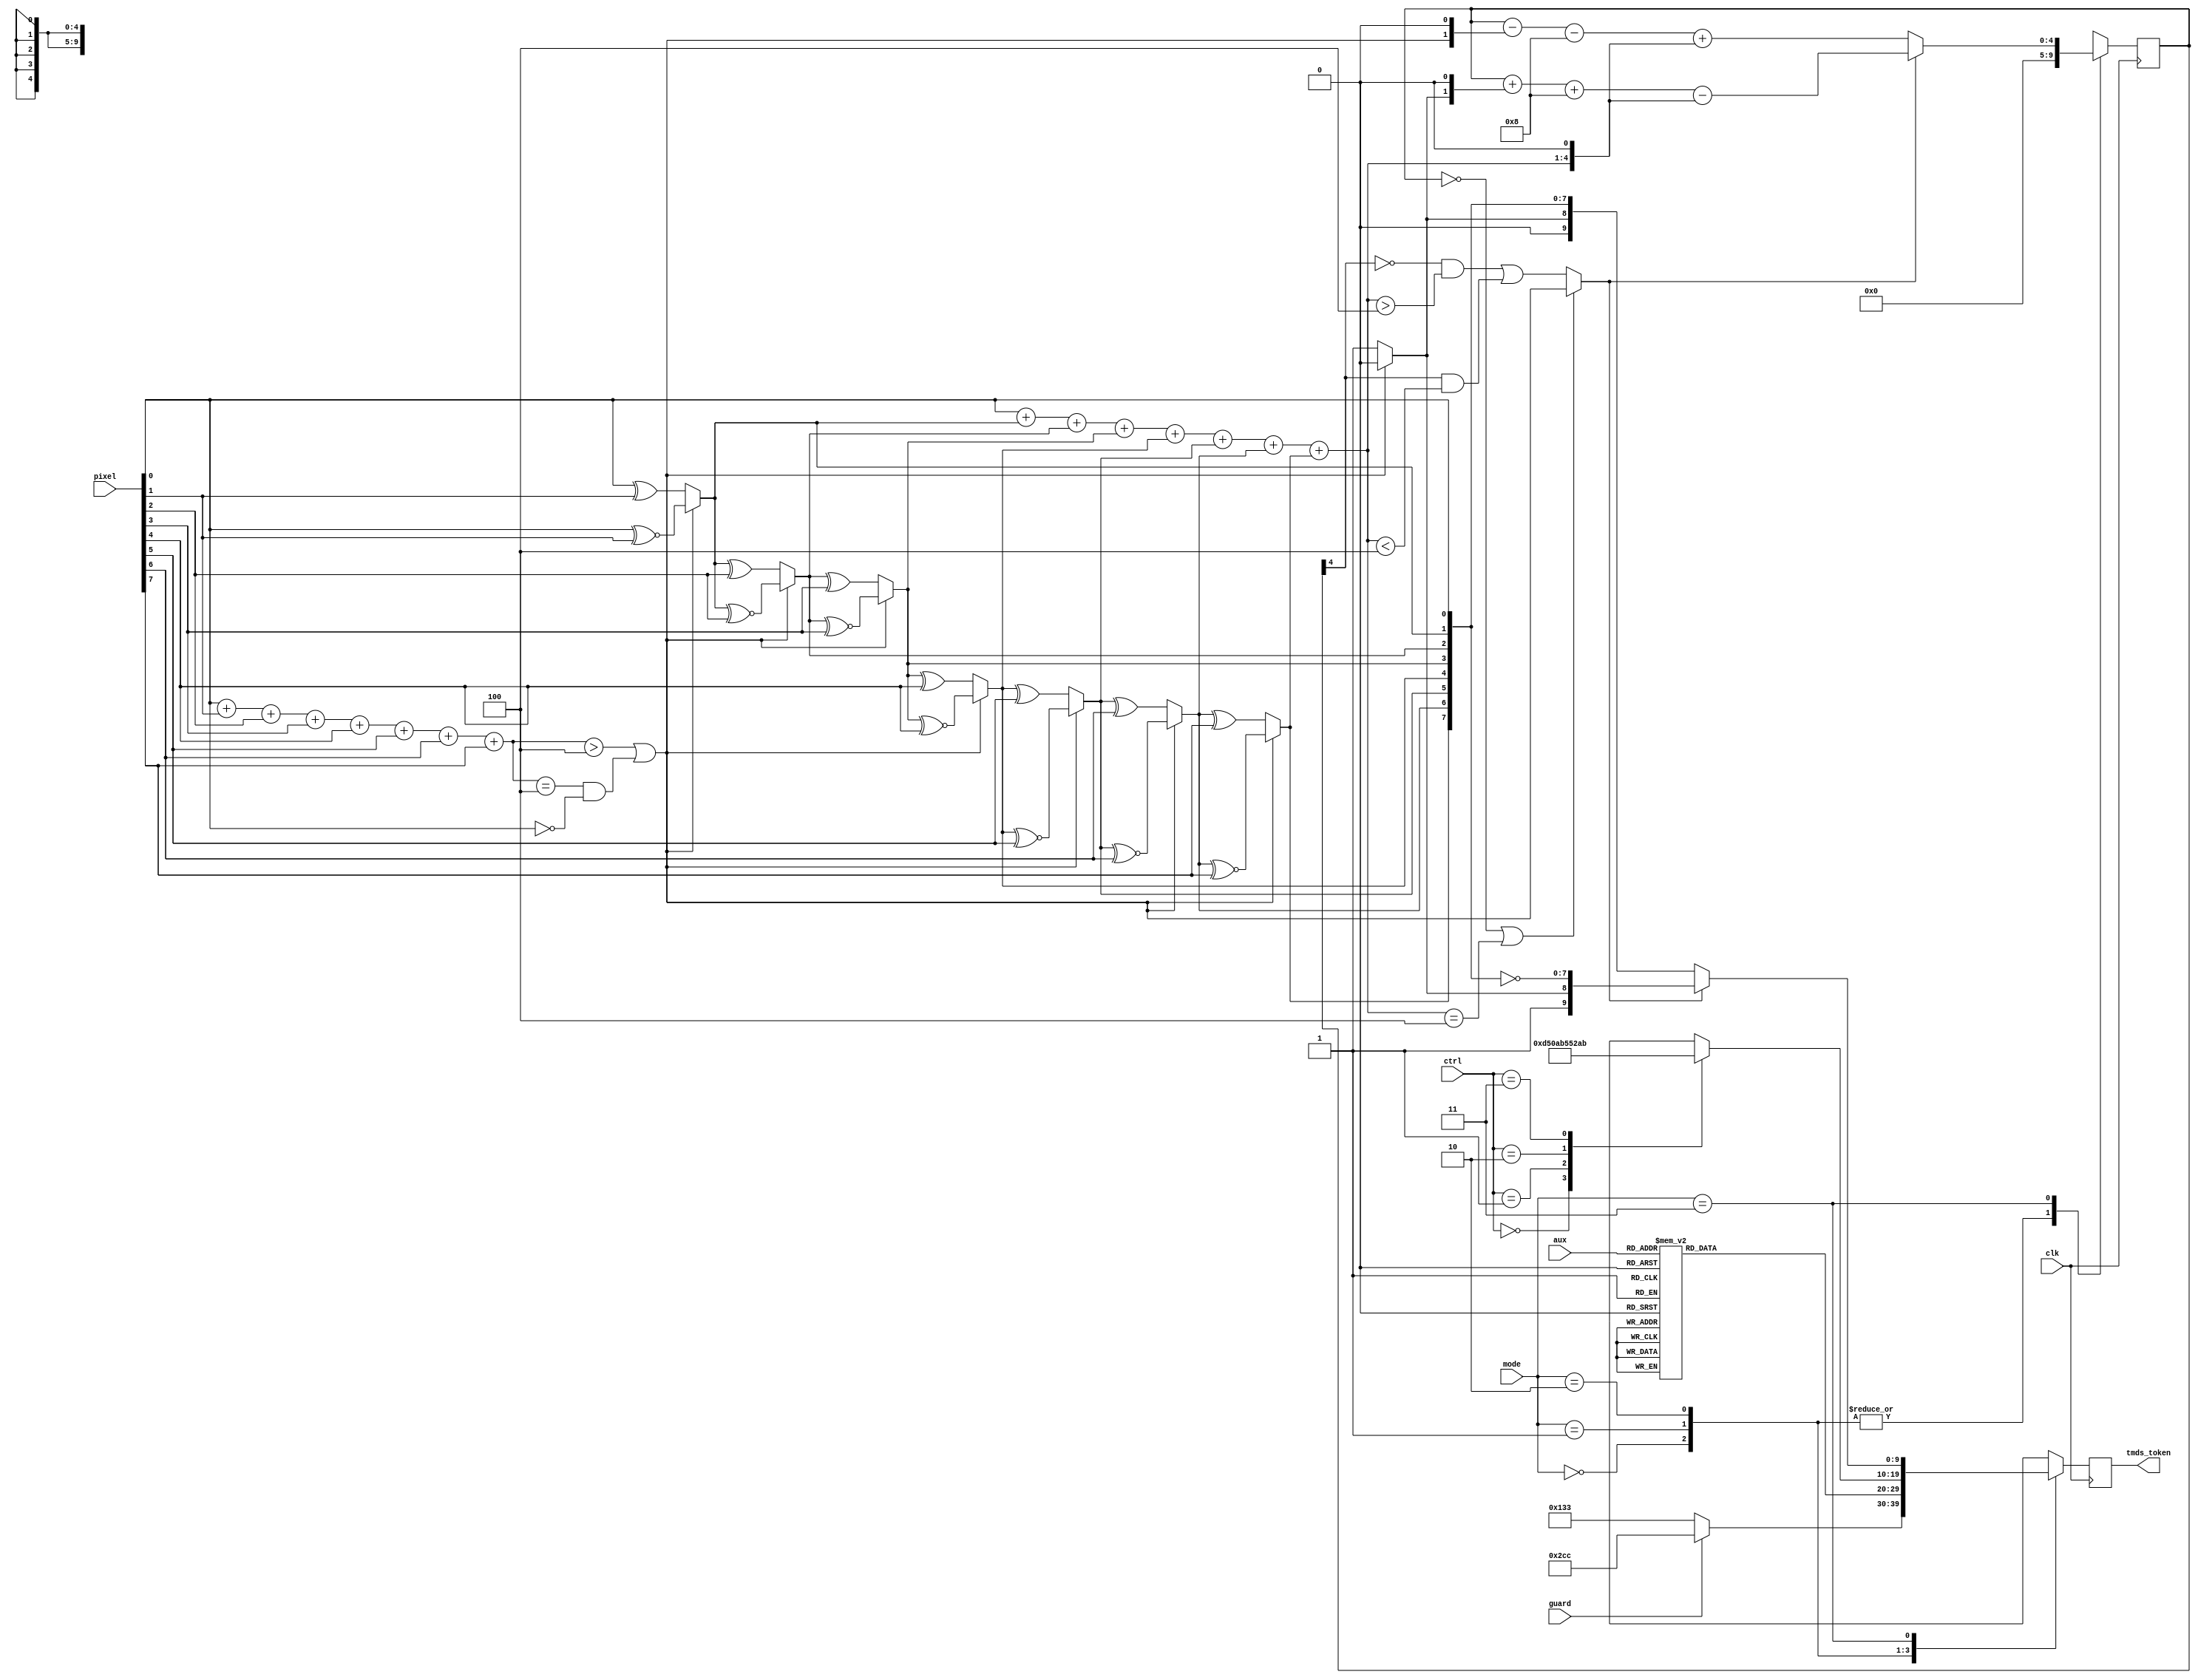
/*
Copyright (c) 2014 Antti Siponen

Permission is hereby granted, free of charge, to any person obtaining a copy
of this software and associated documentation files (the "Software"), to deal
in the Software without restriction, including without limitation the rights
to use, copy, modify, merge, publish, distribute, sublicense, and/or sell
copies of the Software, and to permit persons to whom the Software is
furnished to do so, subject to the following conditions:

The above copyright notice and this permission notice shall be included in
all copies or substantial portions of the Software.

THE SOFTWARE IS PROVIDED "AS IS", WITHOUT WARRANTY OF ANY KIND, EXPRESS OR
IMPLIED, INCLUDING BUT NOT LIMITED TO THE WARRANTIES OF MERCHANTABILITY,
FITNESS FOR A PARTICULAR PURPOSE AND NONINFRINGEMENT. IN NO EVENT SHALL THE
AUTHORS OR COPYRIGHT HOLDERS BE LIABLE FOR ANY CLAIM, DAMAGES OR OTHER
LIABILITY, WHETHER IN AN ACTION OF CONTRACT, TORT OR OTHERWISE, ARISING FROM,
OUT OF OR IN CONNECTION WITH THE SOFTWARE OR THE USE OR OTHER DEALINGS IN
THE SOFTWARE.
*/


//Encoder to calculate TMDS tokens for colour and
//control data. The parameter TWO_STEPS may be set to
//"TRUE" to split the calculation over to two cycles.
module tmds_encoder 
#(parameter TWO_STEPS = "FALSE")   //In case this module does not run fast enough to do everything in one cycle, use this to make it in two.

 (input        clk,
  input  [7:0] pixel,   //Pixel data
  input  [3:0] aux,     //Auxilary data
  input  [1:0] ctrl,    //Control lines
  input        guard,   //Guard band polarity
  input  [1:0] mode,    //Operating mode: 11-Video period, 10-Control period, 01-Aux period, 00-Guard band
  output reg [9:0] tmds_token);

//Fixed control period tokens 
  localparam CTRLTOKEN_0 = 10'b1101010100;
  localparam CTRLTOKEN_1 = 10'b0010101011;
  localparam CTRLTOKEN_2 = 10'b0101010100;
  localparam CTRLTOKEN_3 = 10'b1010101011;

//Fixed TERC4 auxilary data tokens
  localparam AUXTOKEN_0 = 10'b1010011100;
  localparam AUXTOKEN_1 = 10'b1001100011;
  localparam AUXTOKEN_2 = 10'b1011100100;
  localparam AUXTOKEN_3 = 10'b1011100010;
  localparam AUXTOKEN_4 = 10'b0101110001;
  localparam AUXTOKEN_5 = 10'b0100011110;
  localparam AUXTOKEN_6 = 10'b0110001110;
  localparam AUXTOKEN_7 = 10'b0100111100;
  localparam AUXTOKEN_8 = 10'b1011001100;  //Used also as the guard band token
  localparam AUXTOKEN_9 = 10'b0100111001;
  localparam AUXTOKEN_A = 10'b0110011100;
  localparam AUXTOKEN_B = 10'b1011000110;
  localparam AUXTOKEN_C = 10'b1010001110;
  localparam AUXTOKEN_D = 10'b1001110001;
  localparam AUXTOKEN_E = 10'b0101100011;
  localparam AUXTOKEN_F = 10'b1011000011;



  reg  [4:0] cnt;        //excess 1s counter
  wire [3:0] n1d;        //1s count in the input data
  wire [8:0] q_m;        //transition minimized data
  wire [3:0] n1m;        //1s count in the transition minimized data
  wire min_with_xnor;    //choice of transition minimization op
  wire dc_bal_inv;       //choice of dc balance inversion 
  reg  [9:0] ctrltoken;  //token to output in a control period
  reg  [9:0] auxtoken;   //token to output in a data island
  reg  [9:0] guardtoken; //token to output in a guard band
  wire [9:0] dtoken;     //data token to output in case of display enable
  wire [4:0] next_cnt;   //excess 1s counter for the next round

//Intermediate values used in case the calculation is done in two steps
  reg [8:0] q_m_reg;
  reg [3:0] aux_reg;
  reg [1:0] ctrl_reg;
  reg [1:0] mode_reg;
  reg guard_reg;

//Transition minimization as defined in the DVI and HDMI specifications
  assign n1d = pixel[0] + pixel[1] + pixel[2] + pixel[3] + pixel[4] + pixel[5] + pixel[6] + pixel[7];
  assign min_with_xnor = (n1d > 4'd4) | ((n1d == 4'd4) && (pixel[0] == 1'b0));

  assign q_m[0] = pixel[0];
  assign q_m[1] = (min_with_xnor) ? (q_m[0] ^~ pixel[1]) : (q_m[0] ^ pixel[1]);
  assign q_m[2] = (min_with_xnor) ? (q_m[1] ^~ pixel[2]) : (q_m[1] ^ pixel[2]);
  assign q_m[3] = (min_with_xnor) ? (q_m[2] ^~ pixel[3]) : (q_m[2] ^ pixel[3]);
  assign q_m[4] = (min_with_xnor) ? (q_m[3] ^~ pixel[4]) : (q_m[3] ^ pixel[4]);
  assign q_m[5] = (min_with_xnor) ? (q_m[4] ^~ pixel[5]) : (q_m[4] ^ pixel[5]);
  assign q_m[6] = (min_with_xnor) ? (q_m[5] ^~ pixel[6]) : (q_m[5] ^ pixel[6]);
  assign q_m[7] = (min_with_xnor) ? (q_m[6] ^~ pixel[7]) : (q_m[6] ^ pixel[7]);
  assign q_m[8] = (min_with_xnor) ? 1'b0 : 1'b1;

//Save intermediate values in case the calculation is done in two steps
  generate
    if (TWO_STEPS == "TRUE")
    begin
      always @(posedge clk)
      begin
        q_m_reg <= q_m;
        aux_reg <= aux;
        ctrl_reg <= ctrl;
        mode_reg <= mode;
        guard_reg <= guard;
      end
    end
    else
    begin
      always @(*)
      begin
        q_m_reg = q_m;
        aux_reg = aux;
        ctrl_reg = ctrl;
        mode_reg = mode;
        guard_reg = guard;
      end
    end
  endgenerate

  assign n1m = q_m_reg[0] + q_m_reg[1] + q_m_reg[2] + q_m_reg[3] + q_m_reg[4] + q_m_reg[5] + q_m_reg[6] + q_m_reg[7];

//DC balancing as defined in the DVI and HDMI specifications
  assign dc_bal_inv = (cnt == 5'd0 || n1m == 4'd4) ? ~q_m_reg[8] : (~cnt[4] && (n1m > 4'd4)) || (cnt[4] && (n1m < 4'd4));

  assign dtoken = (dc_bal_inv) ? {1'b1, q_m_reg[8], ~q_m_reg[7:0]} : {1'b0, q_m_reg[8], q_m_reg[7:0]};
  assign next_cnt = (dc_bal_inv) ? cnt + {3'd0, q_m_reg[8], 1'b0} + 5'd8 - {n1m, 1'b0} : cnt - {3'd0, ~q_m_reg[8], 1'b0} - 5'd8 + {n1m, 1'b0};

//Choosing the control token
  always @(*)
    case (ctrl_reg)
      2'b00: ctrltoken = CTRLTOKEN_0;
      2'b01: ctrltoken = CTRLTOKEN_1;
      2'b10: ctrltoken = CTRLTOKEN_2;
      2'b11: ctrltoken = CTRLTOKEN_3;
    endcase

//Choosing the aux token
  always @(*)
    case (aux_reg)
      4'h0: auxtoken = AUXTOKEN_0;
      4'h1: auxtoken = AUXTOKEN_1;
      4'h2: auxtoken = AUXTOKEN_2;
      4'h3: auxtoken = AUXTOKEN_3;
      4'h4: auxtoken = AUXTOKEN_4;
      4'h5: auxtoken = AUXTOKEN_5;
      4'h6: auxtoken = AUXTOKEN_6;
      4'h7: auxtoken = AUXTOKEN_7;
      4'h8: auxtoken = AUXTOKEN_8;
      4'h9: auxtoken = AUXTOKEN_9;
      4'hA: auxtoken = AUXTOKEN_A;
      4'hB: auxtoken = AUXTOKEN_B;
      4'hC: auxtoken = AUXTOKEN_C;
      4'hD: auxtoken = AUXTOKEN_D;
      4'hE: auxtoken = AUXTOKEN_E;
      4'hF: auxtoken = AUXTOKEN_F;
    endcase

//Choosing the guard token
  always @(*)
    guardtoken = (guard_reg) ? AUXTOKEN_8 : ~AUXTOKEN_8;

//Clocking out the calculated values
  always @(posedge clk)
    case (mode_reg)
      2'b00:
      begin
        tmds_token <= guardtoken;
        cnt <= 5'd0;
      end

      2'b01:
      begin
        tmds_token <= auxtoken;
        cnt <= 5'd0;
      end

      2'b10:
      begin
        tmds_token <= ctrltoken;
        cnt <= 5'd0;
      end

      2'b11: 
      begin
        tmds_token <= dtoken;
        cnt <= next_cnt;
      end
    endcase
endmodule